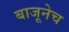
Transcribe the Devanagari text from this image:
बाजूनेच